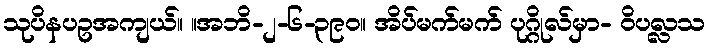
သုပိနပဥအကျယ်။ ။အဘိ-၂-၆-၃၉၀။ အိပ်မက်မက် ပုဂ္ဂိုလ်မှာ- ဝိပလ္လသ